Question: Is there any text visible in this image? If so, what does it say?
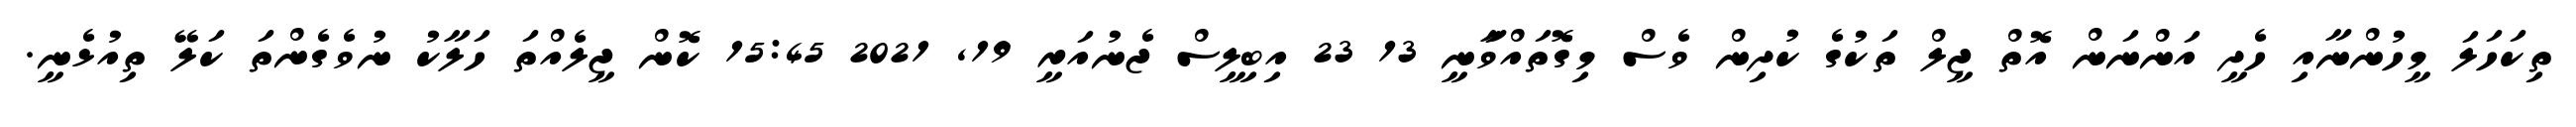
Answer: ތިކަހަލަ މީހުންނާއި ހެދީ އަންނަން އޮތް ޖީލް ތަކުގެ ކުދިން ވެސް މިގޮތައްވަާނީ 13 23 އިބިލީސް ޖެނުއަރީ 19, 2021 15:45 ކޮން ޖީލެއްތަ ހަލާކު ނުވެގެންތަ ކަލޭ ތިއުޅެނީ.